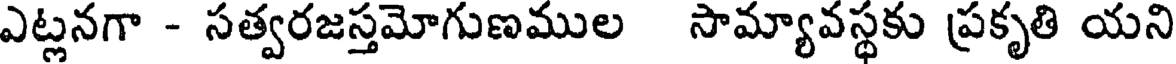
ఎట్లనగా - సత్వరజస్తమోగుణముల సామ్యావస్థకు ప్రకృతి యని